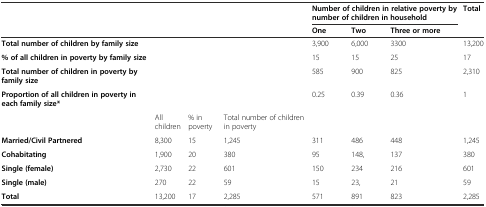
<table><thead><tr><td rowspan="2" colspan="4"></td><td colspan="3"><b>Number of children in relative poverty by number of children in household</b></td><td rowspan="2"><b>Total</b></td></tr><tr><td><b>One</b></td><td><b>Two</b></td><td><b>Three or more</b></td></tr></thead><tbody><tr><td><b>Total number of children by family size</b></td><td></td><td></td><td></td><td>3,900</td><td>6,000</td><td>3300</td><td>13,200</td></tr><tr><td><b>% of all children in poverty by family size</b></td><td></td><td></td><td></td><td>15</td><td>15</td><td>25</td><td>17</td></tr><tr><td><b>Total number of children in poverty by family size</b></td><td></td><td></td><td></td><td>585</td><td>900</td><td>825</td><td>2,310</td></tr><tr><td><b>Proportion of all children in poverty in each family size*</b></td><td></td><td></td><td></td><td>0.25</td><td>0.39</td><td>0.36</td><td>1</td></tr><tr><td></td><td>All children</td><td>% in poverty</td><td>Total number of children in poverty</td><td></td><td></td><td></td><td></td></tr><tr><td><b>Married/Civil Partnered</b></td><td>8,300</td><td>15</td><td>1,245</td><td>311</td><td>486</td><td>448</td><td>1,245</td></tr><tr><td><b>Cohabitating</b></td><td>1,900</td><td>20</td><td>380</td><td>95</td><td>148,</td><td>137</td><td>380</td></tr><tr><td><b>Single (female)</b></td><td>2,730</td><td>22</td><td>601</td><td>150</td><td>234</td><td>216</td><td>601</td></tr><tr><td><b>Single (male)</b></td><td>270</td><td>22</td><td>59</td><td>15</td><td>23,</td><td>21</td><td>59</td></tr><tr><td><b>Total</b></td><td>13,200</td><td>17</td><td>2,285</td><td>571</td><td>891</td><td>823</td><td>2,285</td></tr></tbody></table>